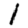
Digit: 1